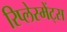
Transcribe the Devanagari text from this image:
रिप्लेस्मेंट्स